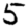
Digit: 5